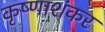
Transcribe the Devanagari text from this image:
कृष्णाशंकर